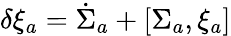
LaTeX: \delta\xi_{a}=\dot{\Sigma}_{a}+[\Sigma_{a},\xi_{a}]